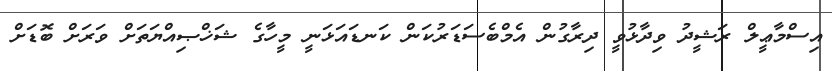
އިސްމާޢީލް ރަޝީދު ވިދާޅުވީ ދިރާގުން އެމްބެސަޑަރުކަން ކަނޑައަޅަނީ މީހާގެ ޝަޚްޞިއްޔަތަށް ވަރަށް ބޮޑަށް